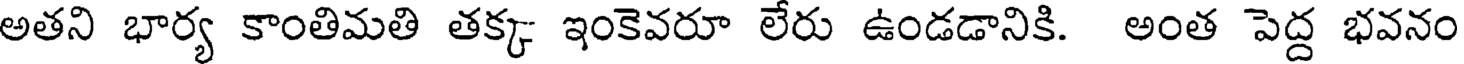
అతని భార్య కాంతిమతి తక్క ఇంకెవరూ లేరు ఉండడానికి. అంత పెద్ద భవనం